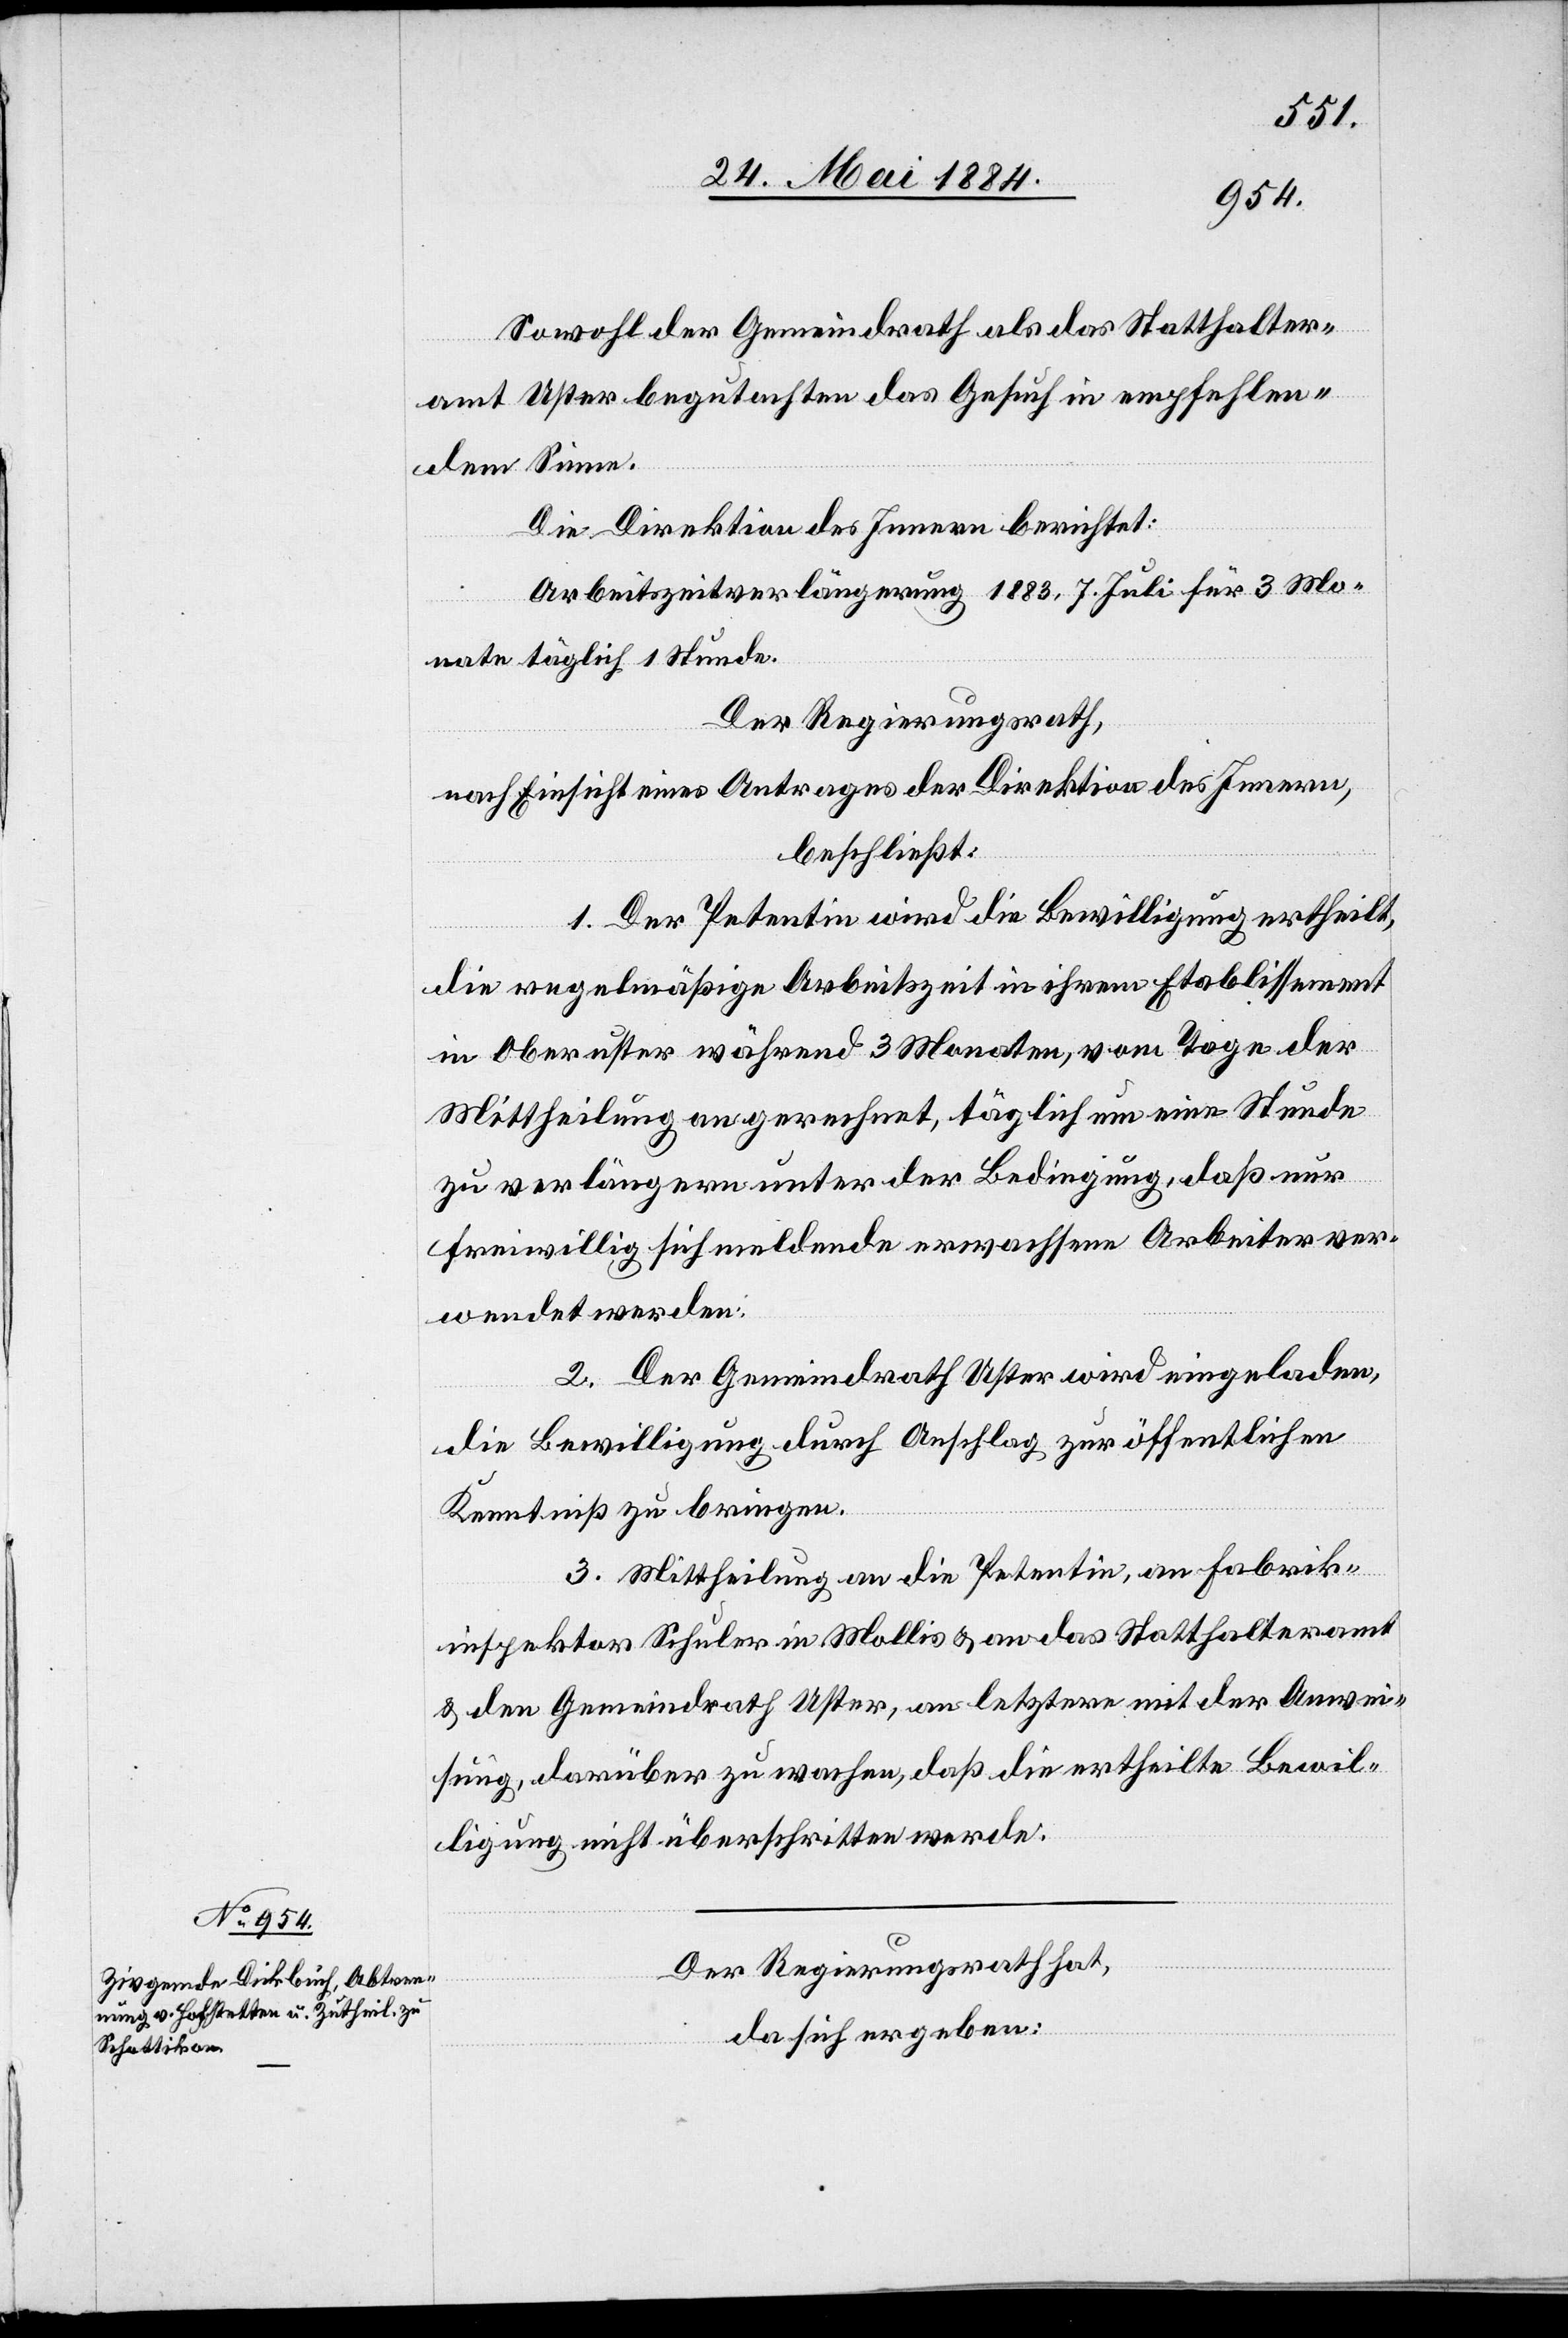
Sowohl der Gemeindrath als das Statthalter¬
amt Uster begutachten das Gesuch in empfehlen¬
dem Sinne.
Die Direktion des Innern berichtet:
Arbeitszeitverlängerung 1883, 7. Juli für 3 Mo¬
nate täglich 1 Stunde.
Der Regierungsrath,
nach Einsicht eines Antrages der Direktion des Innern,
beschließt:
1. Der Petentin wird die Bewilligung ertheilt,
die regelmäßige Arbeitszeit in ihrem Etablissement
in Oberuster während 3 Monaten, vom Tage der
Mittheilung an gerechnet, täglich um eine Stunde
zu verlängern unter der Bedingung, daß nur
freiwillig sich meldende erwachsene Arbeiter ver¬
wendet werden.
2. Der Gemeindrath Uster wird eingeladen,
die Bewilligung durch Anschlag zur öffentlichen
Kenntniß zu bringen.
3. Mittheilung an die Petentin, an Fabrik¬
inspektor Schuler in Mollis & an das Statthalteramt
& den Gemeindrath Uster, an letztern mit der Anwei¬
sung, darüber zu wachen, daß die ertheilte Bewil¬
ligung nicht überschritten werde.
Der Regierungsrath hat,
da sich ergeben: